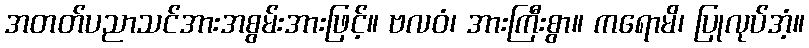
အတတ်ပညာသင်အားအစွမ်းအားဖြင့်။ ဗလဝံ၊ အားကြီးစွာ။ ကရောမိ၊ ပြုလုပ်အံ့။